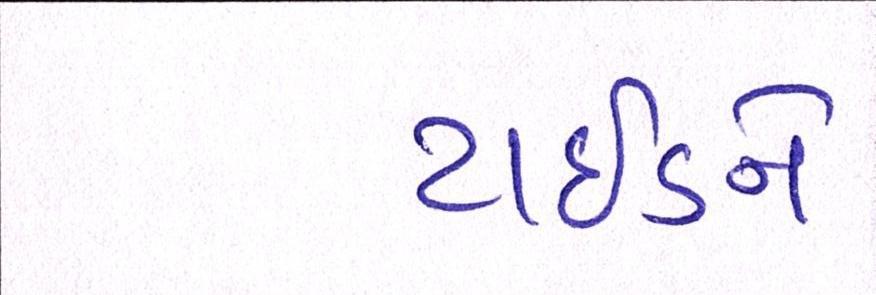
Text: ટાઈડને